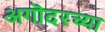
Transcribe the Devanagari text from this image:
अगॊदरच्या